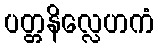
ပတ္တနိလ္လေဟကံ